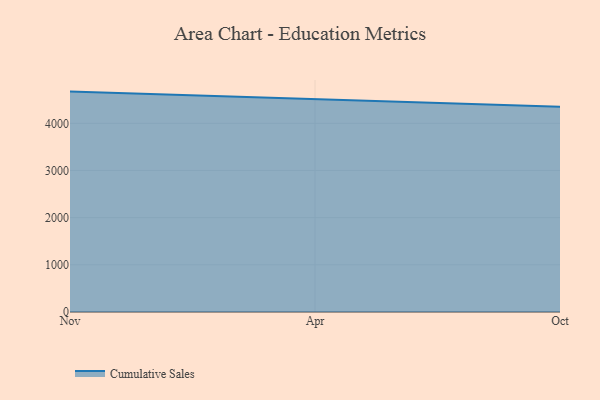
{"axis": {"x": "Month", "y": "Customer Acquisition Cost (USD)"}, "legend": ["Cumulative Sales"], "data": [{"x": "Nov", "y": 4671.9, "type": "Cumulative Sales"}, {"x": "Apr", "y": 4508.2, "type": "Cumulative Sales"}, {"x": "Oct", "y": 4352.4, "type": "Cumulative Sales"}]}